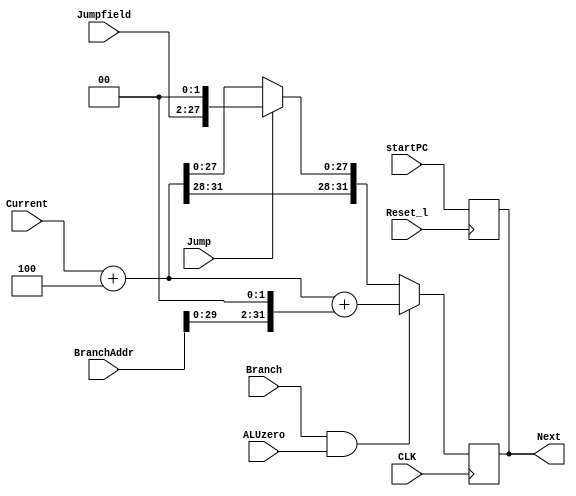

module ProgramCounter(Next, Current, Reset_l, startPC,CLK, Jump, ALUzero, Branch, Jumpfield, BranchAddr);
output [31:0] Next;
input [31:0] Current, startPC;
input Reset_l;
input CLK;
input Jump, ALUzero, Branch;
input [25:0]Jumpfield; 
input [31:0]BranchAddr;

reg [31:0] Next;

wire [31:0] BOff,JumpD;
wire [31:0] JumpS;

assign JumpS = Current+32'd4;
assign BOff = BranchAddr<<2;
assign JumpD = {JumpS[31:28], Jumpfield, 2'b00};

always @(posedge Reset_l)
begin
		Next=startPC;
end

always @(negedge CLK)
begin
 
	if (Branch && ALUzero) begin
		Next = Current + 32'd4 + BOff;
		$display("\nBRANCH Next %d",Next);
    end
	else
		if (Jump) 
			Next = JumpD;
		else 
			Next =  Current+32'd4;
 

end
endmodule